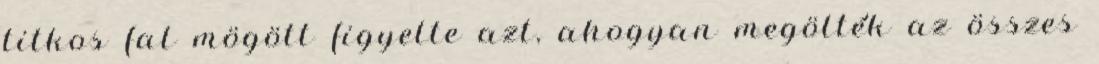
titkos fal mögött figyelte azt, ahogyan megölték az összes